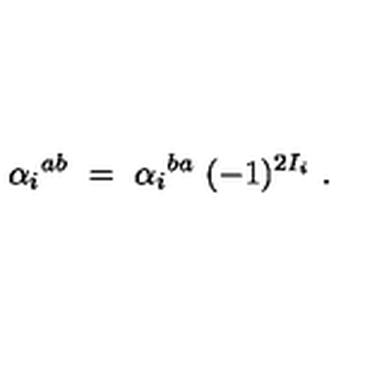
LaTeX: { \alpha _ { i } } ^ { a b } \ = \ { \alpha _ { i } } ^ { b a } \ ( - 1 ) ^ { 2 I _ { i } } \ .